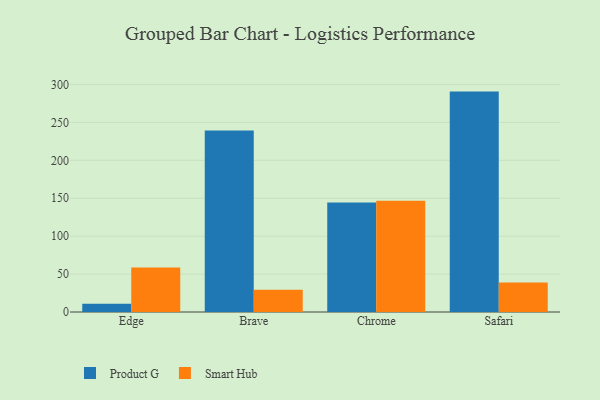
{"axis": {"x": "Browser", "y": "Latency (ms)"}, "legend": ["Product G", "Smart Hub"], "data": [{"x": "Edge", "y": 10.8, "type": "Product G"}, {"x": "Edge", "y": 58.8, "type": "Smart Hub"}, {"x": "Brave", "y": 239.2, "type": "Product G"}, {"x": "Brave", "y": 29.3, "type": "Smart Hub"}, {"x": "Chrome", "y": 144.3, "type": "Product G"}, {"x": "Chrome", "y": 146.7, "type": "Smart Hub"}, {"x": "Safari", "y": 290.6, "type": "Product G"}, {"x": "Safari", "y": 38.9, "type": "Smart Hub"}]}